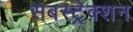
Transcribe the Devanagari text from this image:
सबस्ट्रेक्शन